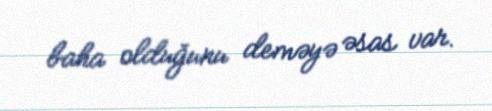
baha olduğunu deməyə əsas var.